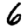
Digit: 6